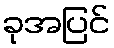
ခုအပြင်